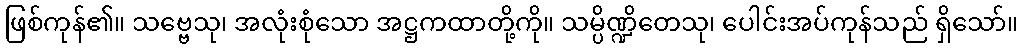
ဖြစ်ကုန်၏။ သဗ္ဗေသု၊ အလုံးစုံသော အဋ္ဌကထာတို့ကို။ သမ္ပိဏ္ဍိတေသု၊ ပေါင်းအပ်ကုန်သည် ရှိသော်။